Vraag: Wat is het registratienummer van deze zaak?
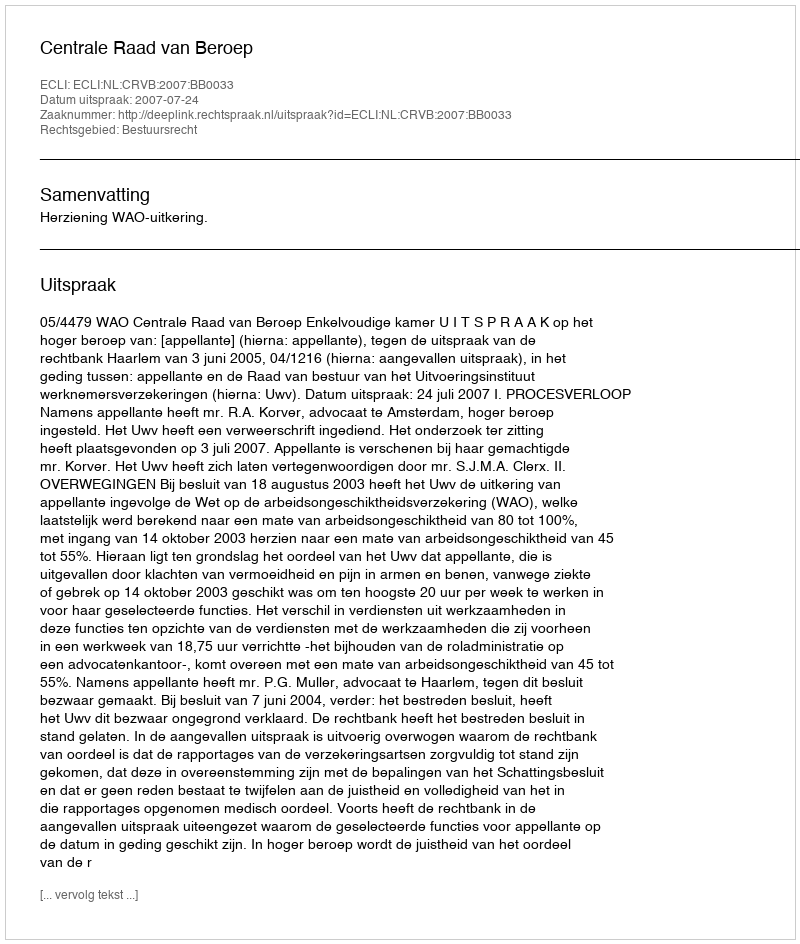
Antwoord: http://deeplink.rechtspraak.nl/uitspraak?id=ECLI:NL:CRVB:2007:BB0033